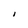
Character: I